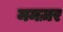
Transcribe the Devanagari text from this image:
ममज़र